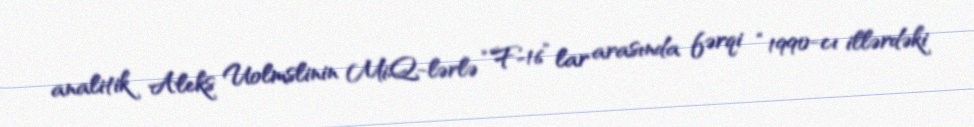
analitik Aleks Uolmslinin MiQ-lərlə “F-16” lar arasında fərqi “1990-cı illərdəki